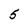
Character: 5